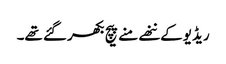
ریڈیو کے ننھے منے پیچ بکھر گئے تھے۔